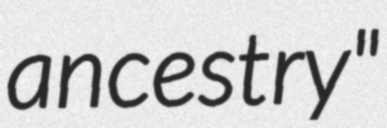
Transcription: ancestry"